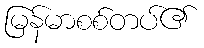
မြန်မာစစ်တပ်၏